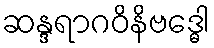
ဆန္ဒရာဂဝိနိဗဒ္ဓေါ